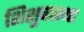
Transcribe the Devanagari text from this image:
शिशुवास्था